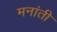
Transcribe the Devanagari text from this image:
मनांती